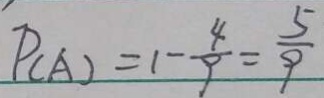
P _ { ( A ) } = 1 - \frac { 4 } { 5 } = \frac { 5 } { 9 }